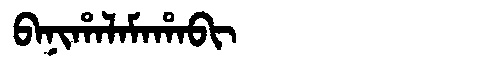
Manchu: ᠪᠠᠨᡳᡥᠠᠯᠠᠮᠠᡥᠠᠪᡳ
Romanization: BANIHALAMAHABI